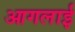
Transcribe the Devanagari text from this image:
आगलाई